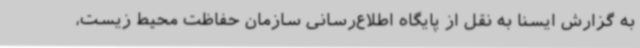
به گزارش ایسنا به نقل از پایگاه اطلاع‌رسانی سازمان حفاظت محیط زیست،